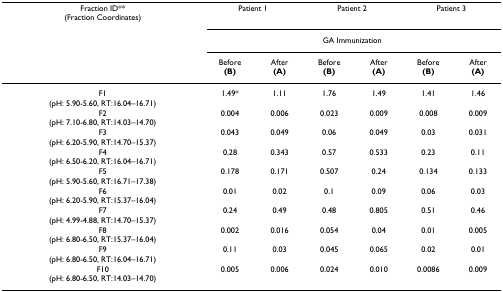
<table><thead><tr><td><b>Fraction ID**(Fraction Coordinates)</b></td><td colspan="2"><b>Patient 1</b></td><td colspan="2"><b>Patient 2</b></td><td colspan="2"><b>Patient 3</b></td></tr><tr><td></td><td colspan="6"><b>GA Immunization</b></td></tr><tr><td></td><td><b>Before(B)</b></td><td><b>After(A)</b></td><td><b>Before(B)</b></td><td><b>After(A)</b></td><td><b>Before(B)</b></td><td><b>After(A)</b></td></tr></thead><tbody><tr><td>F1(pH: 5.90-5.60, RT:16.04–16.71)</td><td>1.49*</td><td>1.11</td><td>1.76</td><td>1.49</td><td>1.41</td><td>1.46</td></tr><tr><td>F2(pH: 7.10-6.80, RT:14.03–14.70)</td><td>0.004</td><td>0.006</td><td>0.023</td><td>0.009</td><td>0.008</td><td>0.009</td></tr><tr><td>F3(pH: 6.20-5.90, RT:14.70–15.37)</td><td>0.043</td><td>0.049</td><td>0.06</td><td>0.049</td><td>0.03</td><td>0.031</td></tr><tr><td>F4(pH: 6.50-6.20, RT:16.04–16.71)</td><td>0.28</td><td>0.343</td><td>0.57</td><td>0.533</td><td>0.23</td><td>0.11</td></tr><tr><td>F5(pH: 5.90-5.60, RT:16.71–17.38)</td><td>0.178</td><td>0.171</td><td>0.507</td><td>0.24</td><td>0.134</td><td>0.133</td></tr><tr><td>F6(pH: 6.20-5.90, RT:15.37–16.04)</td><td>0.01</td><td>0.02</td><td>0.1</td><td>0.09</td><td>0.06</td><td>0.03</td></tr><tr><td>F7(pH: 4.99-4.88, RT:14.70–15.37)</td><td>0.24</td><td>0.49</td><td>0.48</td><td>0.805</td><td>0.51</td><td>0.46</td></tr><tr><td>F8(pH: 6.80-6.50, RT:15.37–16.04)</td><td>0.002</td><td>0.016</td><td>0.054</td><td>0.04</td><td>0.01</td><td>0.005</td></tr><tr><td>F9(pH: 6.80-6.50, RT:16.04–16.71)</td><td>0.11</td><td>0.03</td><td>0.045</td><td>0.065</td><td>0.02</td><td>0.01</td></tr><tr><td>F10(pH: 6.80-6.50, RT:14.03–14.70)</td><td>0.005</td><td>0.006</td><td>0.024</td><td>0.010</td><td>0.0086</td><td>0.009</td></tr></tbody></table>